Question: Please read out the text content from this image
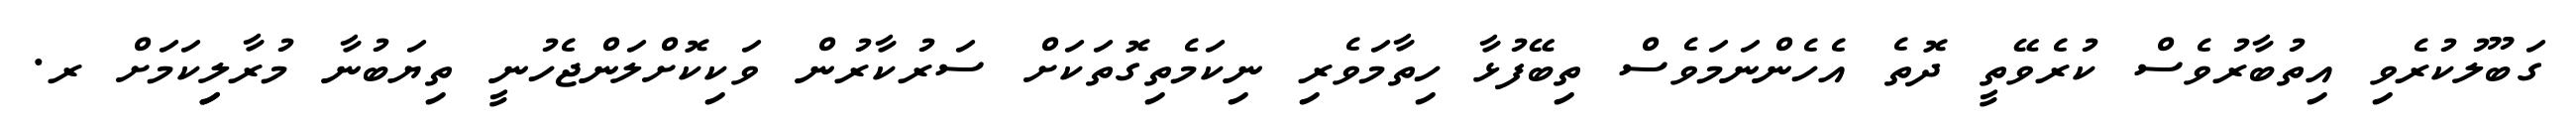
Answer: ގަބޫލުކުރެވި އިތުބާރުވެސް ކުރެވޭތީ ދޮތެ އެހެންނަމަވެސް ތިބޭފުޅާ ހިތާމަވެރި ނިކަމެތިގޮތަކަށް ސަރުކާރުން ވަކިކޮށްލަންޖެހުނީ ތިޔަބުނާ މުރާލިިކަމަށް ރ.